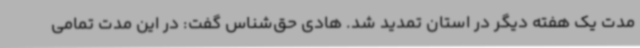
مدت یک هفته دیگر در استان تمدید شد. هادی حق‌شناس گفت: در این مدت تمامی